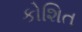
કોશિત